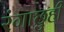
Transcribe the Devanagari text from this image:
रंगाछुही